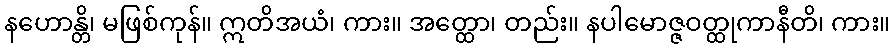
နဟောန္တိ၊ မဖြစ်ကုန်။ ဣတိအယံ၊ ကား။ အတ္ထော၊ တည်း။ နပါမောဇ္ဇဝတ္ထုကာနီတိ၊ ကား။